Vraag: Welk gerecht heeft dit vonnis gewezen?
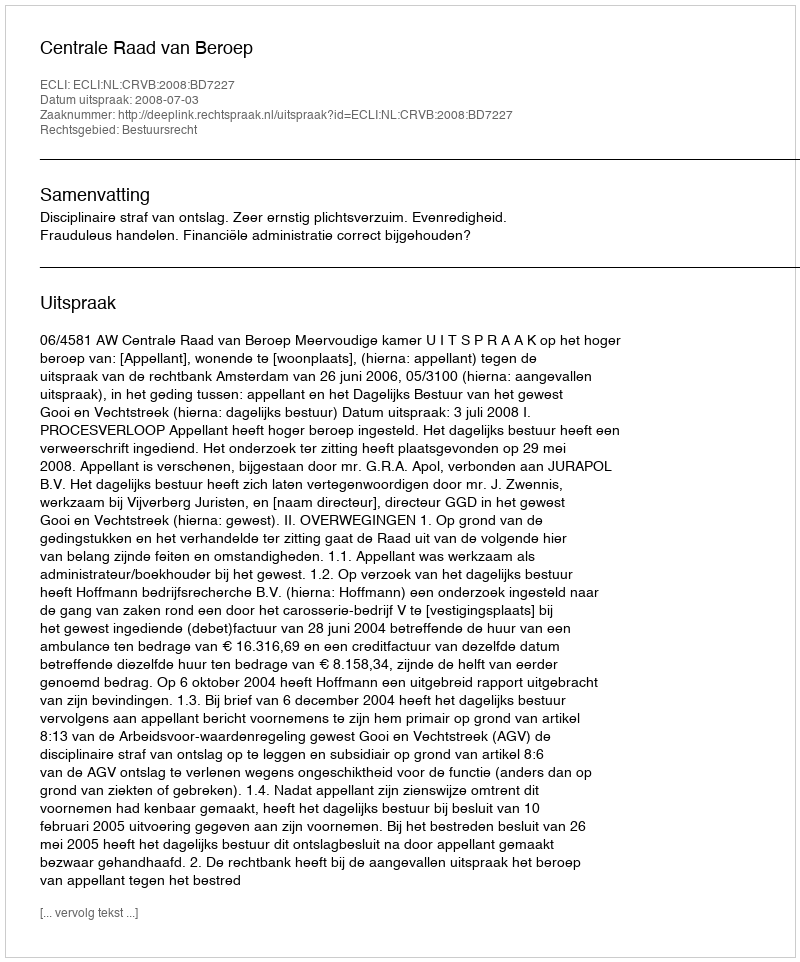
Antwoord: Centrale Raad van Beroep